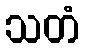
သတံ